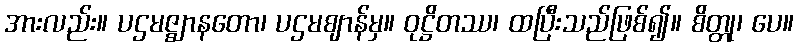
အားလည်း။ ပဌမဇ္ဈာနတော၊ ပဌမဈာန်မှ။ ဝုဋ္ဌိတဿ၊ ထပြီးသည်ဖြစ်၍။ စိတ္တု၊ ပေ။